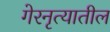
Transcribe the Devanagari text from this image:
गेरनृत्यातील